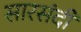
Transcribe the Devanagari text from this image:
सारसंदी